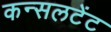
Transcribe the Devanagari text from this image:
कन्सलटेंट